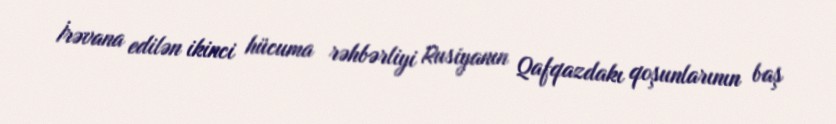
İrəvana edilən ikinci hücuma rəhbərliyi Rusiyanın Qafqazdakı qoşunlarının baş